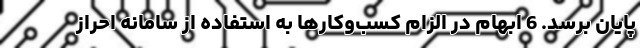
پایان برسد. 6 ابهام در الزام کسب‌وکارها به استفاده از سامانه احراز